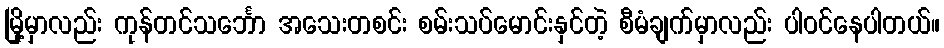
မြို့မှာလည်း ကုန်တင်သင်္ဘော အသေးတစင်း စမ်းသပ်မောင်းနှင်တဲ့ စီမံချက်မှာလည်း ပါဝင်နေပါတယ်။